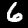
Digit: 6